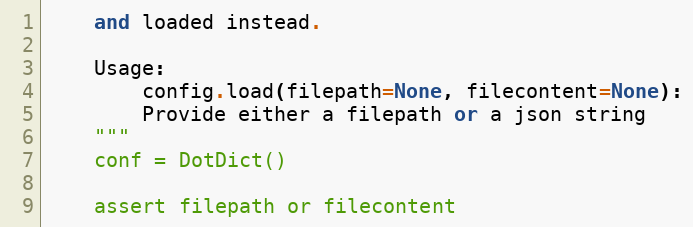
Language: Python
    and loaded instead.

    Usage:
        config.load(filepath=None, filecontent=None):
        Provide either a filepath or a json string
    """
    conf = DotDict()

    assert filepath or filecontent